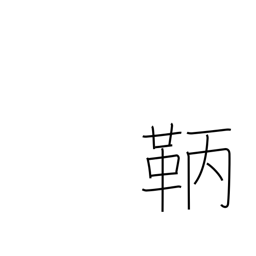
Meaning: archer's arm protector